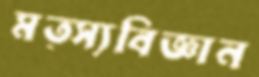
মত্স্যবিজ্ঞান